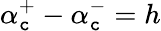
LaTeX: \alpha_{\mathtt{c}}^{+}-\alpha_{\mathtt{c}}^{-}=h